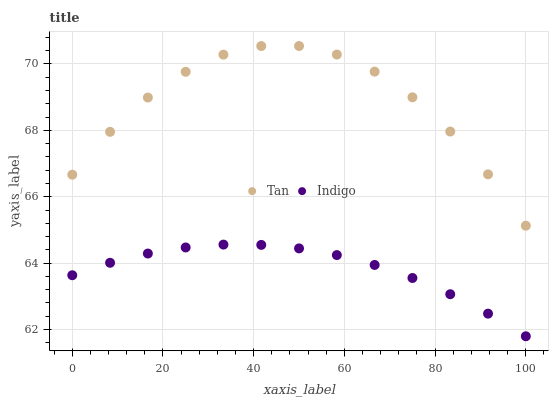
| xaxis_label | Tan | Indigo |
 | --- | --- | --- |
 | 0 | 66.7 | 63.6 |
 | 8.33 | 68 | 64 |
 | 16.7 | 69 | 64.3 |
 | 25 | 69.8 | 64.5 |
 | 33.3 | 70.3 | 64.6 |
 | 41.7 | 70.5 | 64.5 |
 | 50 | 70.5 | 64.4 |
 | 58.3 | 70.3 | 64.2 |
 | 66.7 | 69.8 | 63.9 |
 | 75 | 69 | 63.6 |
 | 83.3 | 68 | 63.1 |
 | 91.7 | 66.7 | 62.5 |
 | 100 | 65.1 | 61.8 |